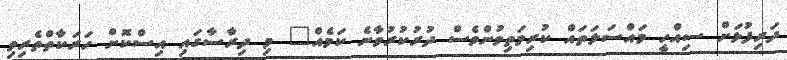
ދަރިފުޅަށް ސިއްހީ މައްސަލަތައް ކުރިމަތިވުންވެސް ދުރުކުރުވާނެ ކަމެއް" މި ދިރާސާގައި އިސްކޮށް ހަރަކާތްތެރިވި